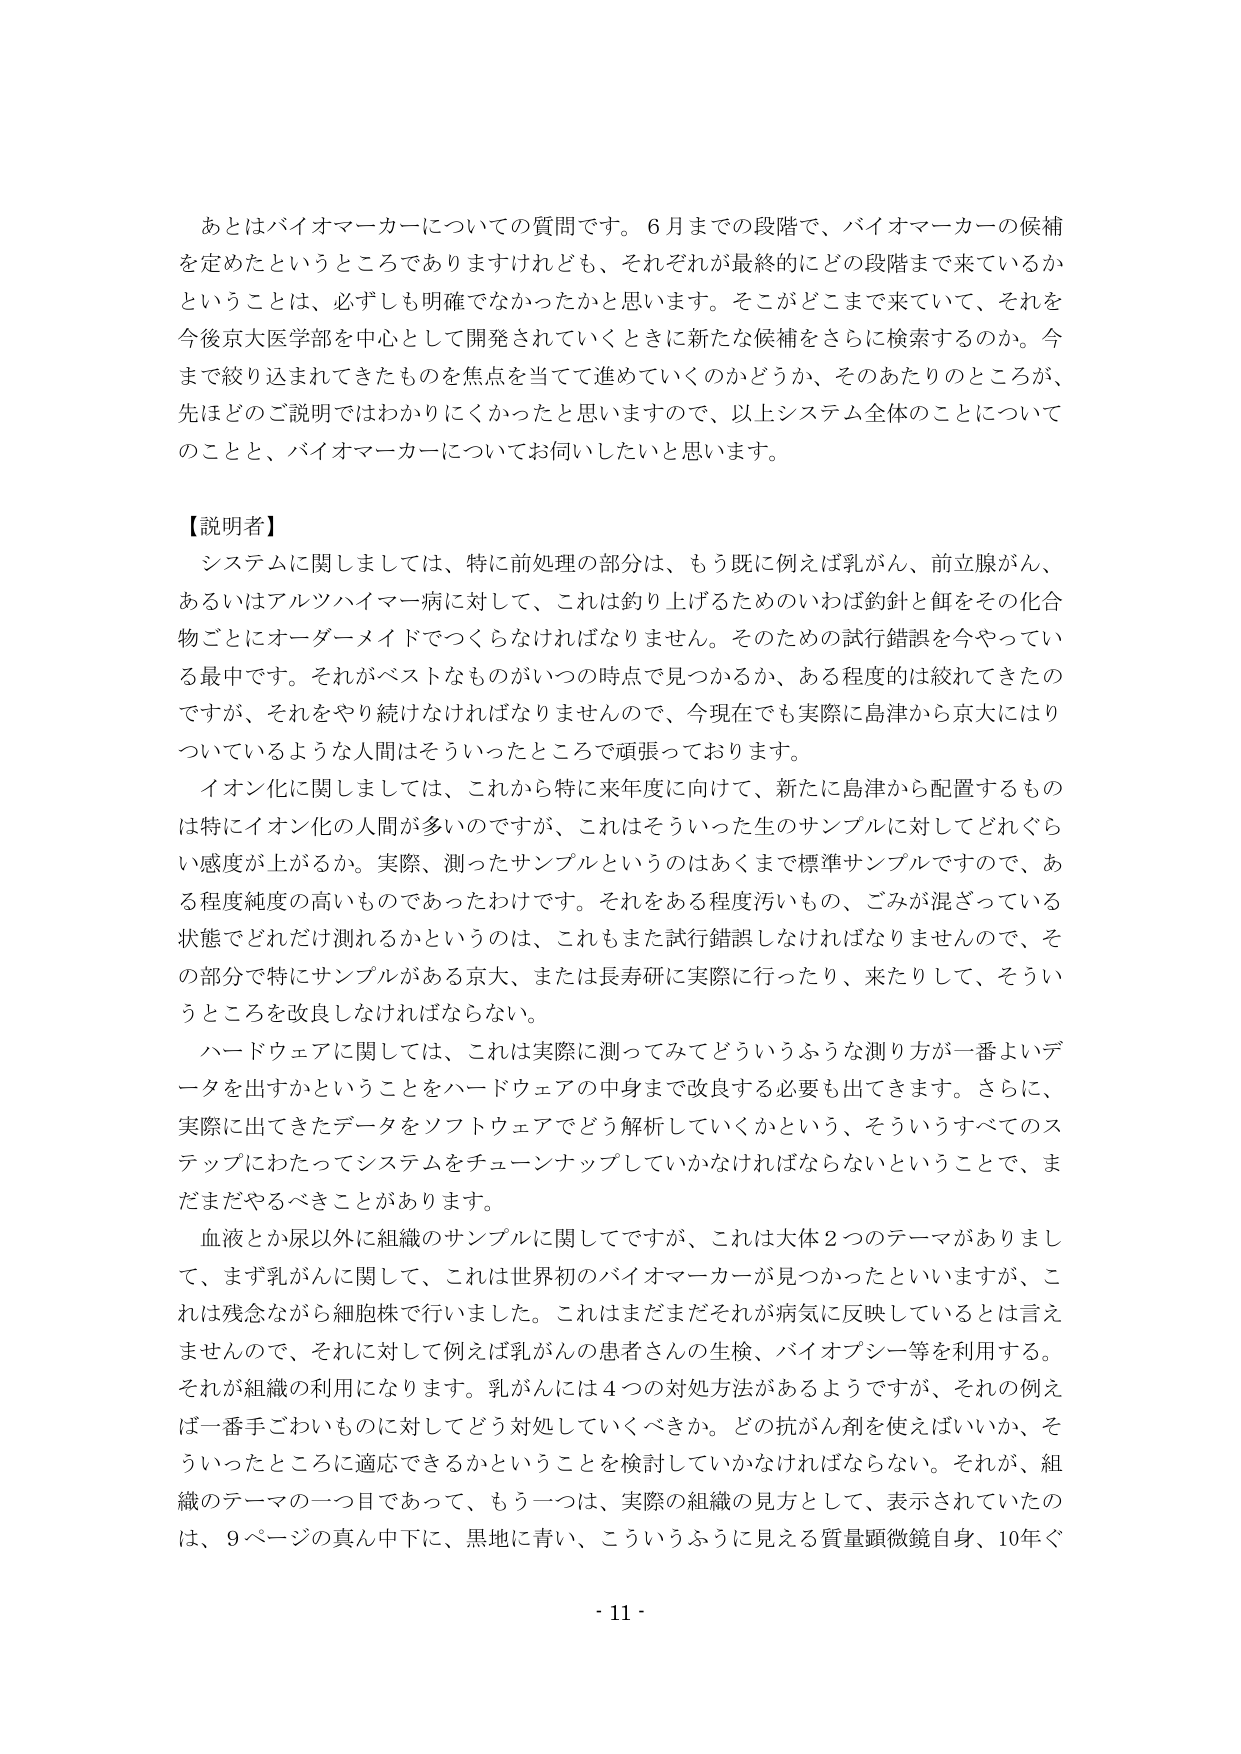
あとはバイオマーカーについての質問です。6月までの段階で、バイオマーカーの候補を定めたというところでありますけれども、それぞれが最終的にどの段階まで来ているかということは、必ずしも明確でなかったかと思います。そこがどこまで来いて、それを今後京大医学部を中心として開発されていくときに新たな候補をさらに検索するのか。今まで絞り込まれてきたものを焦点を当てて進めていくのかどうか、そのあたりのところが、先ほどのご説明ではわかりにくかったと思いますので、以上システム全体のことについてのことと、バイオマーカーについてお伺いしたいと思います。

【説明者】
システムに関しましては、特に前処理の部分は、もう既に例えば乳がん、前立腺がん、あるいはアルツハイマー病に対して、これは釣り上げるためのいわば釣針と餌をその化合物ごとにオーダーメイドでつくらなければなりません。そのための試行錯誤を今やっている最中です。それがベストなものがいつの時点で見つかるか、ある程度は絞れてきたのですが、それをやり続けなければなりませんので、今現在でも実際に島津から京大にはりついているような人間はそういったところで頑張っております。
イオン化に関しましては、これから特に来年度に向けて、新たに島津から配置するものは特にイオン化の人間が多いのですが、これはそういった生のサンプルに対してどれぐらい感度が上がるか。実際、測ったサンプルというのはあくまで標準サンプルですので、ある程度純度の高いものであったわけです。それをある程度汚いもの、ごみが混ざっている状態でどれだけ測れるかというのは、これもまた試行錯誤しなければなりませんので、その部分で特にサンプルがある京大、または長寿研に実際に行ったり、来たりして、そういうところを改良しなければならない。
ハードウェアに関しては、これは実際に測ってみてどういうふうな測り方が一番よいデータを出すかということをハードウェアの中身まで改良する必要も出てきます。さらに、実際に出てきたデータをソフトウェアでどう解析していくかという、そういうすべてのステップにわたってシステムをチューンナップしていかなければならないということで、まだまだやるべきことがあります。
血液とか尿以外に組織のサンプルに関してですが、これは大体2つのテーマがありまして、まず乳がんに関して、これは世界初のバイオマーカーが見つかったといいますが、これは残念ながら細胞株で行いました。これはまだまだそれが病気に反映しているとは言えませんので、それに対して例えば乳がんの患者さんの生検、バイオプシー等を利用する。それが組織の利用になります。乳がんには4つの対処方法があるようですが、それの例えば一番手ごわいものに対してどう対処していくべきか。どの抗がん剤を使えばいいか、そういったところに適応できるかということを検討していかなければならない。それが、組織のテーマの一つ目であって、もう一つは、実際の組織の見方として、表示されていたのは、9ページの真ん中下に、黒地に青い、こういうふうに見える質量顕微鏡自身、10年ぐ

- 11 -